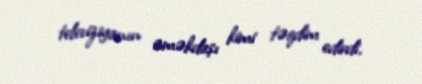
televiziyanın əməkdaşı kimi təqdim edirdi.